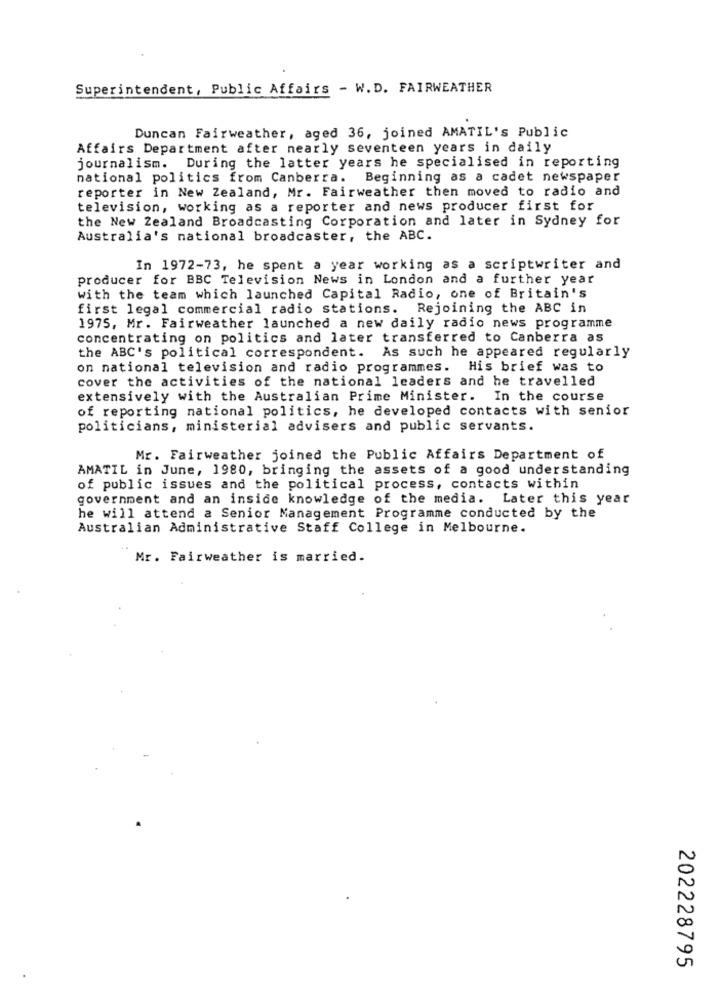
Superintendent, Public Affairs - W.D. FAIRWEATHER
Duncan Fairweather, aged 36, joined AMATIL's Public
Affairs Department after nearly seventeen years in daily
journalism. During the latter years he specialised in reporting
national politics from Canberra. Beginning as a cadet newspaper
reporter in New Zealand, Mr. Fairweather then moved to radio and
television, working as a reporter and news producer first for
the New Zealand Broadcasting Corporation and later in Sydney for
Australia's national broadcaster, the ABC.
In 1972-73, he spent a year working as a scriptwriter and
producer for BBC Television News in London and a further year
with the team which launched Capital Radio, one of Britain's
first legal commercial radio stations. Rejoining the ABC in
1975, Mr. Fairweather launched a new daily radio news programme
concentrating on politics and later transferred to Canberra as
the ABC's political correspondent. As such he appeared regularly
on national television and radio programmes. His brief was to
cover the activities of the national leaders and he travelled
extensively with the Australian Prime Minister. In the course
of reporting national politics, he developed contacts with senior
politicians, ministerial advisers and public servants.
Mr. Fairweather joined the Public Affairs Department of
AMATIL in June, 1980, bringing the assets of a good understanding
of public issues and the political process, contacts within
government and an inside knowledge of the media. Later this year
he will attend a Senior Management Programme conducted by the
Australian Administrative Staff College in Melbourne.
Mr. Fairweather is married.
202228795